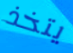
يتخذ